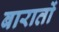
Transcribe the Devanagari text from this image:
बारातों